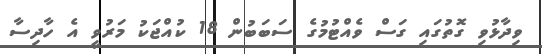
ވިދާޅުވި ގޮތުގައި ގަސް ވެއްޓުމުގެ ސަބަބުން 18 ކުއްޖަކު މަރުވީ އެ ހާދިސާ